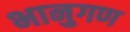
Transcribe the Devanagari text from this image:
भानुगण